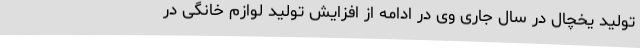
تولید یخچال در سال جاری وی در ادامه از افزایش تولید لوازم خانگی در